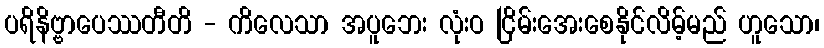
ပရိနိဗ္ဗာပေဿတီတိ - ကိလေသာ အပူဘေး လုံးဝ ငြိမ်းအေးစေနိုင်လိမ့်မည် ဟူသော၊